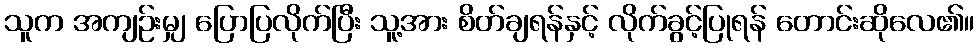
သူက အကျဉ်းမျှ ပြောပြလိုက်ပြီး သူ့အား စိတ်ချရန်နှင့် လိုက်ခွင့်ပြုရန် တောင်းဆိုလေ၏။